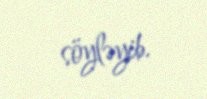
söyləyib.